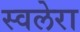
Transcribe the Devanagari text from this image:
स्वलेरा